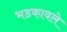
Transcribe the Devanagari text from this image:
भडकावले